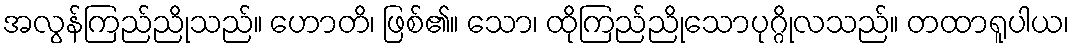
အလွန်ကြည်ညိုသည်။ ဟောတိ၊ ဖြစ်၏။ သော၊ ထိုကြည်ညိုသောပုဂ္ဂိုလသည်။ တထာရူပါယ၊